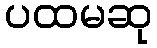
ပထမဆု